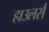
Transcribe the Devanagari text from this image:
हाउलर्स